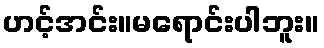
ဟင့်အင်း။မရောင်းပါဘူး။